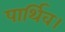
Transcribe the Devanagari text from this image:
पार्थिव।